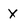
Character: X